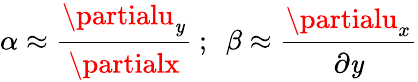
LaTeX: \alpha\approx{\cfrac{\partialu_{\mathit{y}}}{\partialx}}~;~~\beta\approx{\cfrac{\partialu_{x}}{\partial\mathit{y}}}